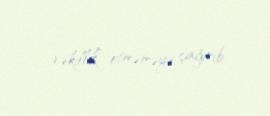
vəkillik” etməməyə çağırıb.